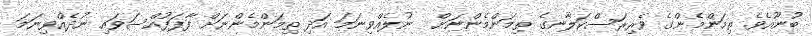
ބުނޫއެވެ. ތިމަންމެންގެ ވެރިރަސްކަލާނގެ ތިމަންމެންނަށް  ނުލެއްވިނަމަ އަދި ތިމަންމެންނަށް ފާފަފުއްސަވައި ނުދެއްވިނަމަ